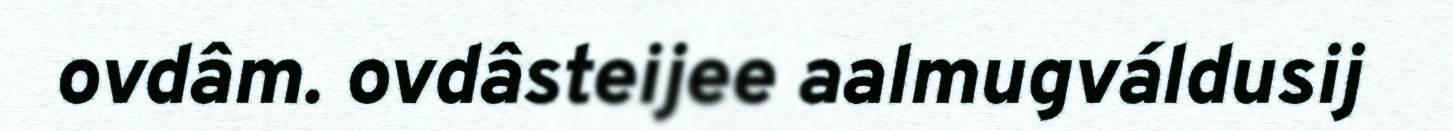
ovdâm. ovdâsteijee aalmugváldusij